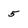
Character: 5